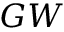
G W